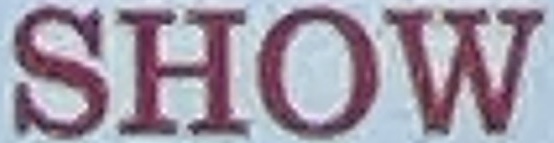
SHOW